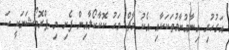
އަގުހުރި އިނާމުނާމުތަކަކާއި އެކު މާޗް މަހު ކޮކާކޯލާއިން ފެށި މި ޕްރޮމޯޝަނަކީ ހަ